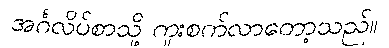
အင်္ဂလိပ်စာသို့ ကူးစက်လာတော့သည်။